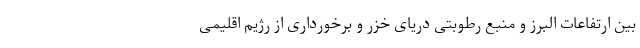
بین ارتفاعات البرز و منبع رطوبتی دریای خزر و برخورداری از رژیم اقلیمی